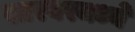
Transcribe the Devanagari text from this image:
खारघरमध्ये